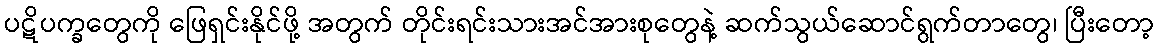
ပဋိပက္ခတွေကို ဖြေရှင်းနိုင်ဖို့ အတွက် တိုင်းရင်းသားအင်အားစုတွေနဲ့ ဆက်သွယ်ဆောင်ရွက်တာတွေ၊ ပြီးတော့